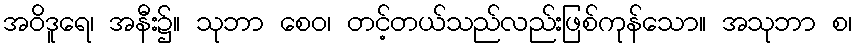
အဝိဒူရေ၊ အနီး၌။ သုဘာ စေဝ၊ တင့်တယ်သည်လည်းဖြစ်ကုန်သော။ အသုဘာ စ၊